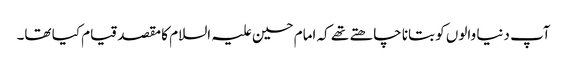
آپ دنیا والوں کو بتانا چاھتے تھے کہ امام حسین علیہ السلام کا مقصد قیام کیا تھا۔